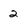
Character: 2